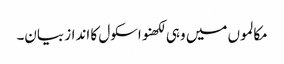
مکالموں میں وہی لکھنو اسکول کا انداز بیان۔